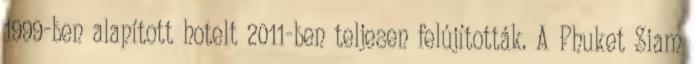
1999-ben alapított hotelt 2011-ben teljesen felújították. A Phuket Siam